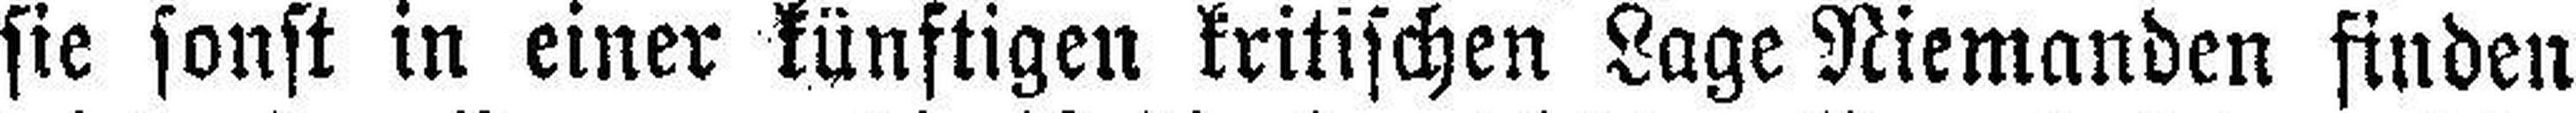
sie sonst in einer künftigen kritischen Lage Niemanden finden